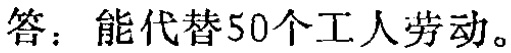
答：能代替50个工人劳动。